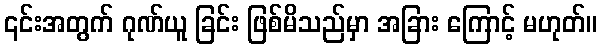
၎င်းအတွက် ဂုဏ်ယူ ခြင်း ဖြစ်မိသည်မှာ အခြား ကြောင့် မဟုတ်။